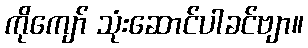
ကိုကျော် သုံးဆောင်ပါခင်ဗျာ။